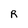
Character: R